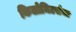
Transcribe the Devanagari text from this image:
किलोमिटर्सचा